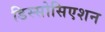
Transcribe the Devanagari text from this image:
डिस्सोसिएशन